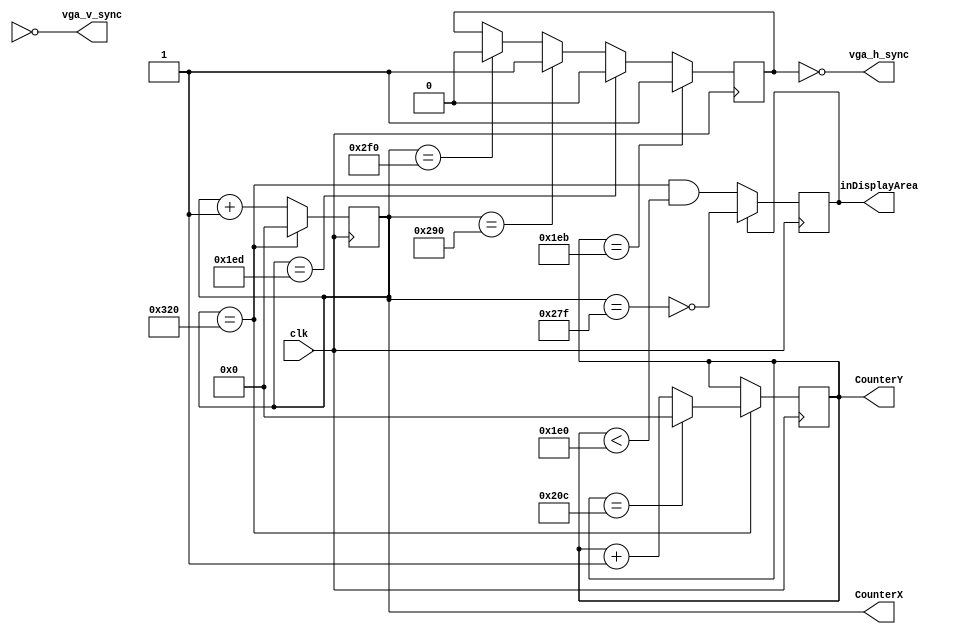
module hvsync_generator(clk, vga_h_sync, vga_v_sync, inDisplayArea, CounterX, CounterY);
input clk;
output vga_h_sync, vga_v_sync;
output inDisplayArea;
output [9:0] CounterX;
output [9:0] CounterY;

//////////////////////////////////////////////////
reg [9:0] CounterX;
reg [9:0] CounterY;
wire CounterXmaxed = (CounterX==800);
wire CounterYmaxed = (CounterY==524); 

always @(posedge clk)
if(CounterXmaxed)
	CounterX <= 0;
else
	CounterX <= CounterX + 1;

always @(posedge clk)
if(CounterXmaxed) begin
	if(CounterYmaxed)
		CounterY <= 0;
	else
		CounterY <= CounterY + 1;
end

reg	vga_HS, vga_VS;
always @(posedge clk)
begin
	if (CounterX==656)
		vga_HS <= 1;
	else if (CounterX == 752)
		vga_HS <= 0;
  
	if (CounterY==491)
		vga_HS <= 1; // Should be VS!!
	else if (CounterX == 493)
		vga_HS <= 0;
end

reg inDisplayArea;
always @(posedge clk)
if(inDisplayArea==0)
	inDisplayArea <= (CounterXmaxed) && (CounterY<480);
else
	inDisplayArea <= !(CounterX==639);
	
assign vga_h_sync = ~vga_HS;
assign vga_v_sync = ~vga_VS;

endmodule